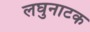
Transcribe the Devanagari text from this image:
लघुनाटक